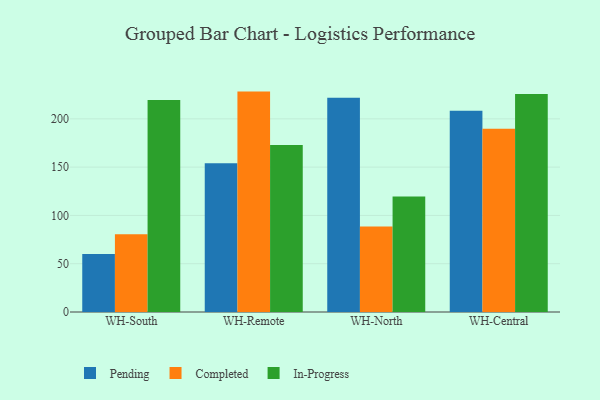
{"axis": {"x": "Warehouse", "y": "Satisfaction Score"}, "legend": ["Completed", "In-Progress", "Pending"], "data": [{"x": "WH-South", "y": 60.0, "type": "Pending"}, {"x": "WH-South", "y": 80.6, "type": "Completed"}, {"x": "WH-South", "y": 219.5, "type": "In-Progress"}, {"x": "WH-Remote", "y": 153.9, "type": "Pending"}, {"x": "WH-Remote", "y": 228.2, "type": "Completed"}, {"x": "WH-Remote", "y": 172.8, "type": "In-Progress"}, {"x": "WH-North", "y": 221.8, "type": "Pending"}, {"x": "WH-North", "y": 88.6, "type": "Completed"}, {"x": "WH-North", "y": 119.5, "type": "In-Progress"}, {"x": "WH-Central", "y": 208.4, "type": "Pending"}, {"x": "WH-Central", "y": 189.7, "type": "Completed"}, {"x": "WH-Central", "y": 225.6, "type": "In-Progress"}]}